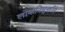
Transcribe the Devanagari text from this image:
लोकनियुक्तीने